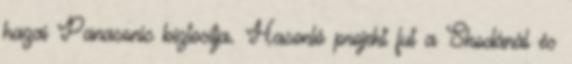
hazai Panasonic biztosítja. Hasonló projekt fut a Skodánál és